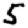
Digit: 5